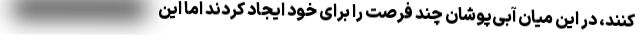
کنند، در این میان آبی‌پوشان چند فرصت را برای خود ایجاد کردند اما این